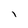
Character: I